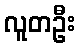
လူတဦး